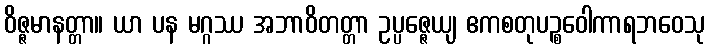
ဝိဇ္ဇမာနတ္တာ။ ယာ ပန မဂ္ဂဿ အဘာဝိတတ္တာ ဥပ္ပဇ္ဇေယျ ဧကစတုပဉ္စဝေါကာရဘဝေသု